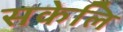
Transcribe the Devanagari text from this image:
सकेलि